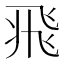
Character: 𩙱